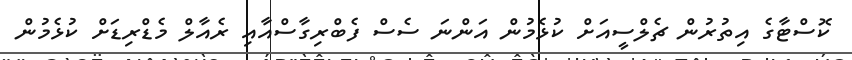
ކޮސްޓާގެ އިތުރުން ޗެލްސީއަށް ކުޅެމުން އަންނަ ސެސް ފެބްރިގާސްއާއި ރެއާލް މެޑްރިޑަށް ކުޅެމުން